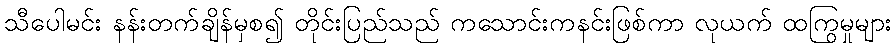
သီပေါမင်း နန်းတက်ချိန်မှစ၍ တိုင်းပြည်သည် ကသောင်းကနင်းဖြစ်ကာ လုယက် ထကြွမှုများ